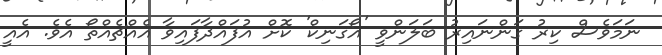
ނަމަވެސް ކިރު ގަންނައިރު ބަލަންވީ 'އޯގަނިކް' ކޮށް އުފައްދާފައިވާ އެއްޗެއްތޯ އެވެ. އެއީ